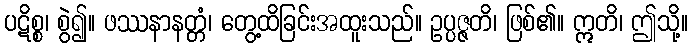
ပဋိစ္စ၊ စွဲ၍။ ဖဿနာနတ္တံ၊ တွေ့ထိခြင်းအထူးသည်။ ဥပ္ပဇ္ဇတိ၊ ဖြစ်၏။ ဣတိ၊ ဤသို့။